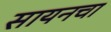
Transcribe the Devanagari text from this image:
सायनचा